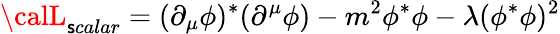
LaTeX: {\calL}_{\mathsf{s}calar}=(\partial_{\mu}\phi)^{\ast}(\partial^{\mu}\phi)-m^{2}\phi^{\ast}\phi-\lambda(\phi^{\ast}\phi)^{2}